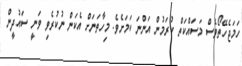
ހަމަޖެހޭތޯވެސް މަސައްކަތް ކުރަމުން އަންނަ ކަަމަށެވެ. މިހާތަނަށް އެކަން ނުކުރެވި ވަނީ ސައުދީން